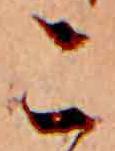
こ